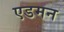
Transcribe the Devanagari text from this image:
एडमन